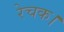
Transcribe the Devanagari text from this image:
रेचक।